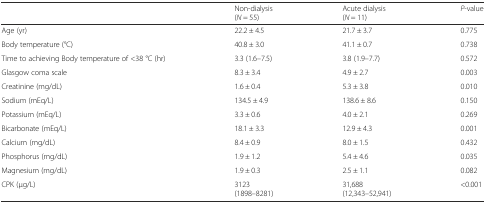
<table><thead><tr><td>[EMPTY_CELL]</td><td><b>Non-dialysis(<i>N</i> = 55)</b></td><td><b>Acute dialysis(<i>N</i> = 11)</b></td><td><b><i>P</i>-value</b></td></tr></thead><tbody><tr><td>Age (yr)</td><td>22.2 ± 4.5</td><td>21.7 ± 3.7</td><td>0.775</td></tr><tr><td>Body temperature (°C)</td><td>40.8 ± 3.0</td><td>41.1 ± 0.7</td><td>0.738</td></tr><tr><td>Time to achieving Body temperature of &lt;38 °C (hr)</td><td>3.3 (1.6–7.5)</td><td>3.8 (1.9–7.7)</td><td>0.572</td></tr><tr><td>Glasgow coma scale</td><td>8.3 ± 3.4</td><td>4.9 ± 2.7</td><td>0.003</td></tr><tr><td>Creatinine (mg/dL)</td><td>1.6 ± 0.4</td><td>5.3 ± 3.8</td><td>0.010</td></tr><tr><td>Sodium (mEq/L)</td><td>134.5 ± 4.9</td><td>138.6 ± 8.6</td><td>0.150</td></tr><tr><td>Potassium (mEq/L)</td><td>3.3 ± 0.6</td><td>4.0 ± 2.1</td><td>0.269</td></tr><tr><td>Bicarbonate (mEq/L)</td><td>18.1 ± 3.3</td><td>12.9 ± 4.3</td><td>0.001</td></tr><tr><td>Calcium (mg/dL)</td><td>8.4 ± 0.9</td><td>8.0 ± 1.5</td><td>0.432</td></tr><tr><td>Phosphorus (mg/dL)</td><td>1.9 ± 1.2</td><td>5.4 ± 4.6</td><td>0.035</td></tr><tr><td>Magnesium (mg/dL)</td><td>1.9 ± 0.3</td><td>2.5 ± 1.1</td><td>0.082</td></tr><tr><td>CPK (μg/L)</td><td>3123(1898–8281)</td><td>31,688(12,343–52,941)</td><td>&lt;0.001</td></tr></tbody></table>